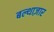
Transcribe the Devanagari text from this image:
बल्थाज़ार